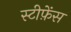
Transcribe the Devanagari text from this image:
स्टीफ़ेंस